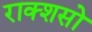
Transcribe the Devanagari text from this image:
राक्शसो